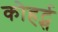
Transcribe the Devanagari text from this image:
कोहर्ट्स